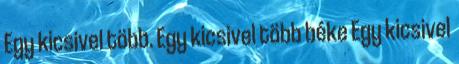
Egy kicsivel több. Egy kicsivel több béke Egy kicsivel